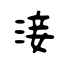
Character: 淁